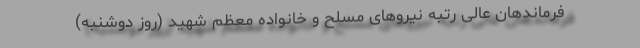
فرماندهان عالی رتبه نیروهای مسلح و خانواده معظم شهید (روز دوشنبه)